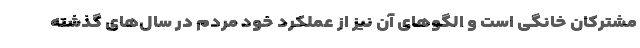
مشترکان خانگی است و الگوهای آن نیز از عملکرد خود مردم در سال‌های گذشته